Vaccination in Bombay 1863-1868 - 1863-1868
Year: 1863
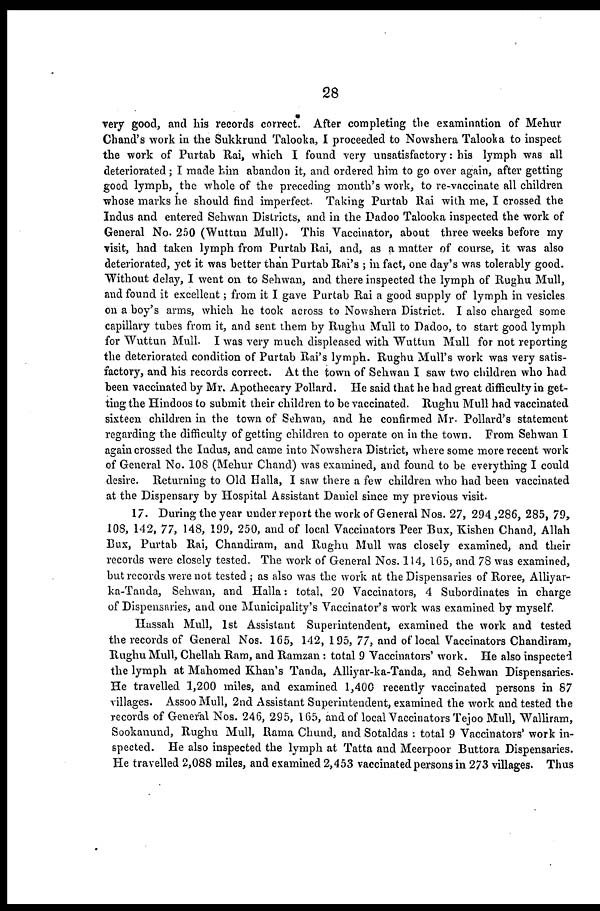
28
very good, and his records correct. After completing the examination of Mehur
Chand's work in the Sukkrund Talooka, I proceeded to Nowshera Talooka to inspect
the work of Purtab Rai, which I found very unsatisfactory: his lymph was all
deteriorated; I made him abandon it, and ordered him to go over again, after getting
good lymph, the whole of the preceding month's work, to re-vaccinate all children
whose marks he should find imperfect. Taking Purtab Rai with me, I crossed the
Indus and entered Sehwan Districts, and in the Dadoo Talooka inspected the work of
General No. 250 (Wuttun Mull). This Vaccinator, about three weeks before my
visit, had taken lymph from Purtab Rai, and, as a matter of course, it was also
deteriorated, yet it was better than Purtab Rai's ; in fact, one day's was tolerably good.
Without delay, I went on to Sehwan, and there inspected the lymph of Rughu Mull,
and found it excellent; from it I gave Purtab Rai a good supply of lymph in vesicles
on a boy's arms, which he took across to Nowshera District. I also charged some
capillary tubes from it, and sent them by Rughu Mull to Dadoo, to start good lymph
for Wuttun Mull. I was very much displeased with Wuttun Mull for not reporting
the deteriorated condition of Purtab Rai's lymph. Rughu Mull's work was very satis-
factory, and his records correct. At the town of Sehwan I saw two children who had
been vaccinated by Mr. Apothecary Pollard. He said that he had great difficulty in get-
ting the Hindoos to submit their children to be vaccinated. Rughu Mull had vaccinated
sixteen children in the town of Sehwan, and he confirmed Mr. Pollard's statement
regarding the difficulty of getting children to operate on in the town. From Sehwan I
again crossed the Indus, and came into Nowshera District, where some more recent work
of General No. 108 (Mehur Chand) was examined, and found to be everything I could
desire. Returning to Old Halla, I saw there a few children who had been vaccinated
at the Dispensary by Hospital Assistant Daniel since my previous visit.
17. During the year under report the work of General Nos. 27, 294,286, 285, 79,
108, 142, 77, 148, 199, 250, and of local Vaccinators Peer Bux, Kishen Chand, Allah
Bux, Purtab Rai, Chandiram, and Rughu Mull was closely examined, and their
records were closely tested. The work of General Nos. 114, 165, and 78 was examined,
but records were not tested ; as also was the work at the Dispensaries of Roree, Alliyar-
ka-Tanda, Sehwan, and Halla: total, 20 Vaccinators, 4 Subordinates in charge
of Dispensaries, and one Municipality's Vaccinator's work was examined by myself.
Hassah Mull, 1st Assistant Superintendent, examined the work and tested
the records of General Nos. 165, 142, 195, 77, and of local Vaccinators Chandiram,
Rughu Mull, Chellah Ram, and Ramzan: total 9 Vaccinators' work. He also inspected
the lymph at Mahomed Khan's Tanda, Alliyar-ka-Tanda, and Sehwan Dispensaries.
He travelled 1,200 miles, and examined 1,400 recently vaccinated persons in 87
villages. Assoo Mull, 2nd Assistant Superintendent, examined the work and tested the
records of General Nos. 246, 295, 165, and of local Vaccinators Tejoo Mull, "Walliram,
Sookanund, Rughu Mull, Rama Chund, and Sotaldas : total 9 Vaccinators' work in-
spected. He also inspected the lymph at Tatta and Meerpoor Buttora Dispensaries.
He travelled 2,088 miles, and examined 2,453 vaccinated persons in 273 villages. Thus